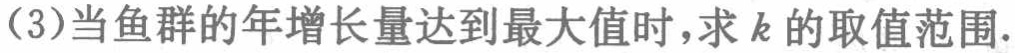
(3)当鱼群的年增长量达到最大值时，求\(k\)的取值范围.